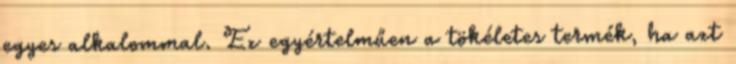
egyes alkalommal. Ez egyértelműen a tökéletes termék, ha azt